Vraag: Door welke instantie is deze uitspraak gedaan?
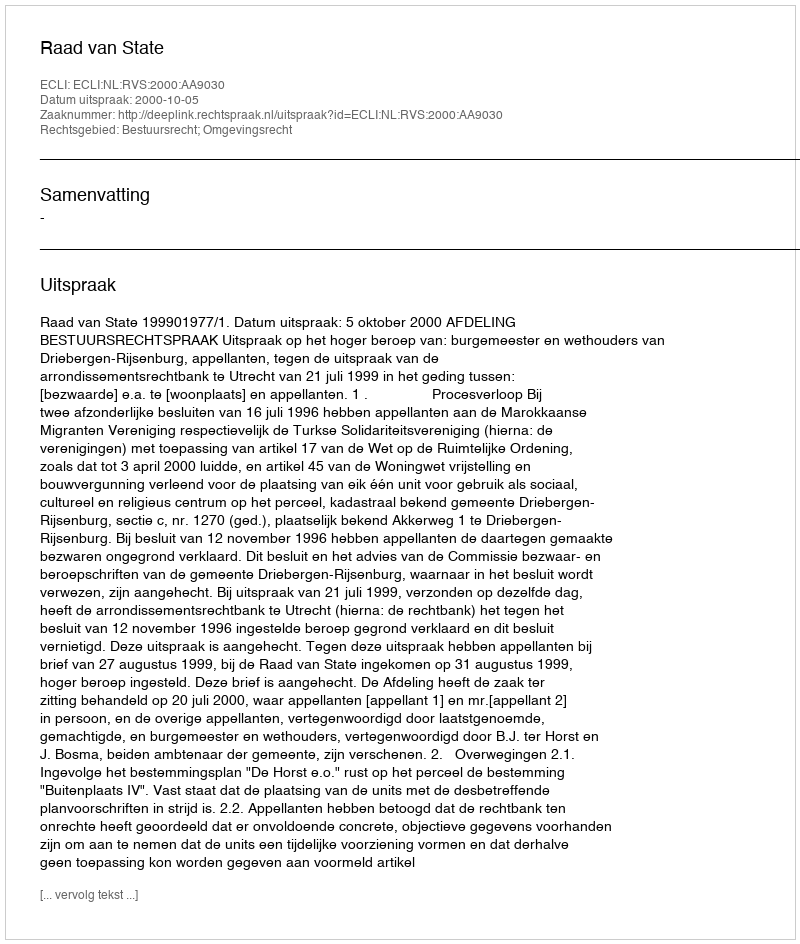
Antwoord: Raad van State